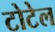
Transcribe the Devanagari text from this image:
टोटेल